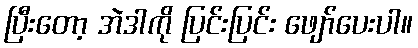
ပြီးတော့ အဲဒါကို ပြင်းပြင်း ဖျော်ပေးပါ။